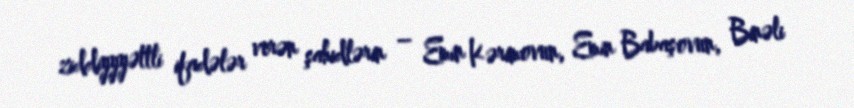
ziddiyyyəttli ifadələr verən şahidlərin – Emin Kərimovun, Emin Babaşovun, Binəli